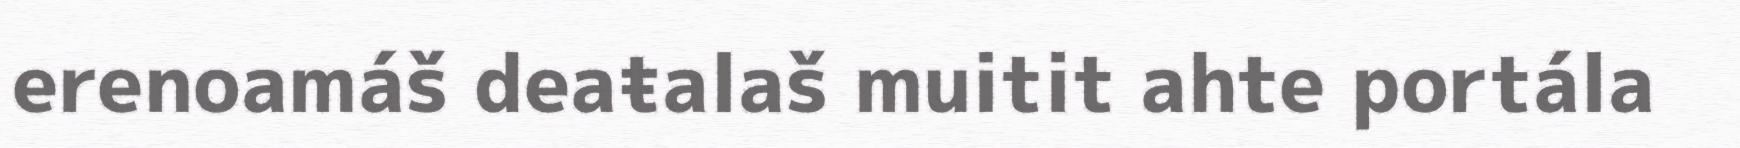
erenoamáš deaŧalaš muitit ahte portála